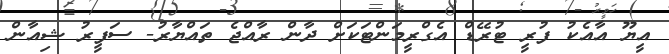
އީޔޫ އާއެކު ފުރީ ޓުރޭޑް އެގްރީމަންޓަކަށް ދާން ރާއްޖެ ތައްޔާރު- ސަފީރު ޝިއާން